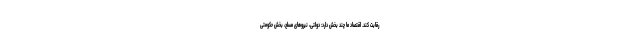
رقابت کند. اقتصاد ما چند بخش دارد: دولتی، نیروهای مسلح، بخش‌ حکومتی